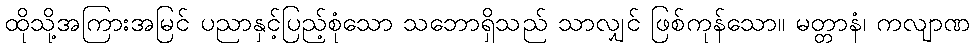
ထိုသို့အကြားအမြင် ပညာနှင့်ပြည့်စုံသော သဘောရှိသည် သာလျှင် ဖြစ်ကုန်သော။ မတ္တာနံ၊ ကလျာဏ